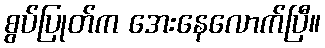
စွပ်ပြုတ်က အေးနေလောက်ပြီ။